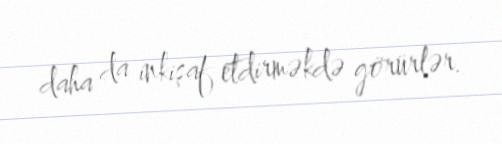
daha da inkişaf etdirməkdə görürlər.